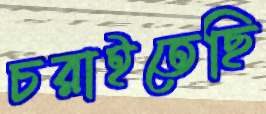
চরাইতেছি